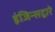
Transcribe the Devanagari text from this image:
इंजिन्सद्वारे